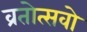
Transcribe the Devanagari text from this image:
व्रतोत्सवो